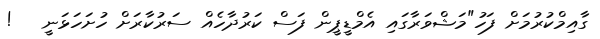
ގާއިމްކުރުމަށް ފަހު"މަޝްވަރާގައި އެމްޑީޕީން ފަސް ކަރުދާހެއް ސަރުކާރަށް ހުށަހަޅަނީ   !